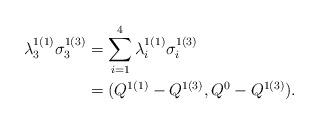
LaTeX: \begin{align*}\lambda^{1(1)}_3\sigma^{1(3)}_3&=\sum_{i=1}^4\lambda^{1(1)}_i\sigma^{1(3)}_i\\&=(Q^{1(1)}-Q^{1(3)},Q^0-Q^{1(3)}).\end{align*}